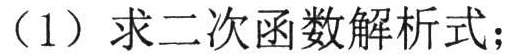
（1）求二次函数解析式；